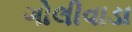
ગોલીવાડા